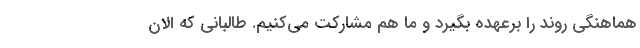
هماهنگي روند را برعهده بگيرد و ما هم مشاركت مي‌كنيم. طالباني كه الان